Medical and sanitary report of the native army of Bengal for the year
Year: 1878
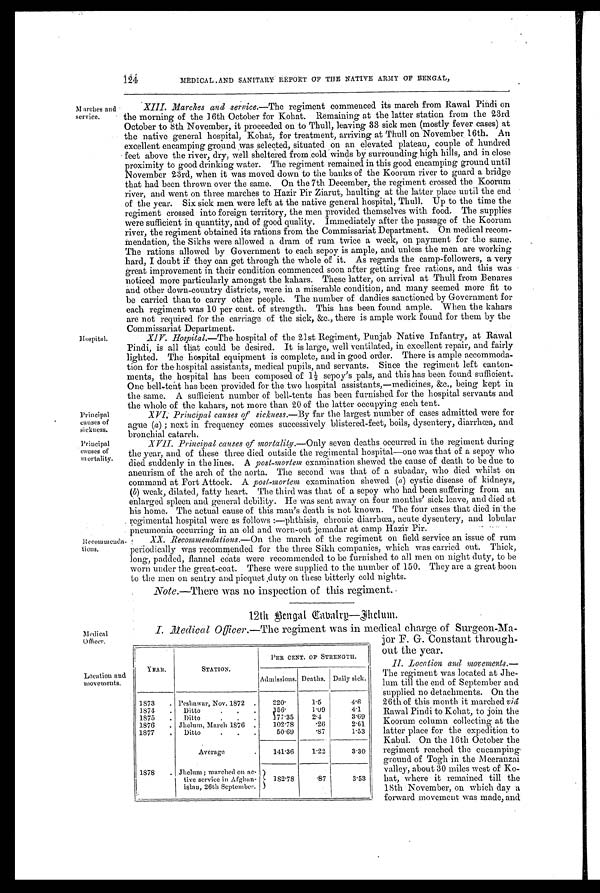
Principal
causes of
sickness.
Principal
causes of
mortality.
124
MEDICAL AND SANITARY REPORT OF THE NATIVE ARM'S OF BENGAL,
Marches and
service.
Hospital.
XIII. Marches and service. —The regiment commenced its march from Rawal Pindi on
the morning of the 16th October for Kohat. Remaining at the latter station from the 23rd
October to 8th November, it proceeded on to Thull, leaving 33 sick men (mostly fever cases) at
the native general hospital, Kohat, for treatment, arriving at Thull on November . 16th. An
excellent encamping ground was selected, situated on an elevated plateau, couple of hundred
feet above the river, dry, well sheltered from cold winds by surrounding high hills, and in close
proximity to good drinking water. The regiment remained in this good encamping ground until
November 23rd, when it was moved down to the banks of the Koorum river to guard a bridge
that had been thrown over the same. On the 7th December, the regiment crossed the Koorum
river, and went on three marches to Hazir Pir Ziarut, haulting at the latter place until the end
of the year. Six sick men were left at the native general hospital, Thull. Up to the time the
regiment crossed into foreign territory, the men provided themselves with food. The supplies
were sufficient in quantity, and of good quality. Immediately after the passage of the Koorum
river, the regiment obtained its rations from the Commissariat Department, On medical recom-
m e n d a t i o n , t h e S i k h s w e r e a l l o w e d a d r a m o f r u m t w i c e a w e e k , o n p a y m e n t f o r t h e s a m e .
The rations allowed by Government to each sepoy is ample, and unless the men are working
hard, I doubt if they can get through the whole of it. As regards the camp-followers, a very
great improvement in their condition commenced soon after getting free rations, and this was
noticed more particularly amongst the kahars. These latter, on arrival at Thull from Benares
and other down-country districts, were in a miserable condition, and many seemed more fit to
be carried than to carry other people. The number of dandies sanctioned by Government for
each regiment was 10 per cent. of strength. This has been found ample. When the kahars
are not required for the carriage of the sick, &c., there is ample work found for them by the
Commissariat Department.
XIV. Hospital.—The hospital of the 21st Regiment, Punjab Native Infantry, at Rawal
Pindi, is all that could be desired. It is large, well ventilated, in excellent repair, and fairly
lighted. The hospital equipment is complete, and in good order. There is ample accommoda-
tion for the hospital assistants, medical pupils, and servants. Since the regiment left canton-
ments, the hospital has been composed of 1½ sepoy's pals, and this has been found sufficient.
One bell tent has been provided for the two hospital assistants,—medicines, &c., being kept in
the same. A sufficient number of bell-tents has been furnished for the hospital servants and
the whole of the kahars, not more than 20 of the latter occupying each tent.
XVI. Principal causes of sickness.—By far the largest number of cases admitted were for
ague (a) ; next in frequency comes successively blistered-feet, boils, dysentery, diarrhœa, and
bronchial catarrh.
XVII. Principal causes of mortality. —Only seven deaths occurred in the regiment during
the year, and of these three died outside the regimental hospital—one was that of a sepoy who
died suddenly in the lines. A post-mortem examination shewed the cause of death to be due to
aneurism of the arch of the aorta. The second was that of a subadar, who died whilst on
command at Fort Attock. A post-mortem examination shewed (a ) cystic disease of kidneys,
(b) weak, dilated, fatty heart. The third was that of a sepoy who had been suffering from an
enlarged spleen and general debility. He was sent away on four months' sick-leave, and died at
his home. The actual. cause of this man's death is not known. The four cases that died in the
regimental hospital were as follows :—phthisis, chronic diarrhœa, acute dysentery, and lobular
. pneumonia occurring in an old and worn-out Jemadar at camp Hazir Pir.
Recommenda
tions.
XX. Recommendations. —On the march of the regiment on field service an issue of rum
periodically was recommended for the three Sikh companies, which was carried out. Thick,
long, padded, flannel coats were recommended to be furnished to all men on night duty, to be
worn under the great-coat. These were supplied to the number of 150. They are a great boon
to the men on sentry and piequet duty on these bitterly cold nights.
Note.—There was no inspection of this regiment
.
12th Bengal Cabatry—Jh
elum.
Medical
Officer.
I. Medical Officer.— T h e
regiment was in medical charge of Surgeon-Ma-
jor F. G. Constant through-
out
the year.
Location and
movements.
YEAR.
STATION.
PER CENT. or STRENGTH.
Admissions. Deaths. Daily sick.
1873
. Peshawar, Nov. 1872
.
220.
1.5
4.6
1874
.
Ditto
•
•
•
1 5 6 .
1.09
4.1
1875
.
Ditto
•
•
•
1 7 7 . 3 5
2.4
3.69
1876
. Jhelum, March 1876 .
102.78
.26
2.61
1877
.
Ditto
•
. •
50.69
.87
1.53
Average
.
141.36
1.22
3.30
1878
. Jhelum ; marched on ac-
tive service in Afghan-
istan, 26th September.
182.78
.87
3.53
II. Location and movements.—
The regiment was located at Jhe-
lum till the end of September and
supplied no detachments. On the
26th of this month it marched viâ
Rawal Pindi to Kohat, to join the
Koorum column collecting. at the
latter place for the expedition to
Kabul. On the 16th October the
regiment reached the encamping.
ground of Togh in the Meeranzai
valley, about 30 miles west of Ko-
hat, where it remained till the
18th November, on which day a
forward movement was made, and